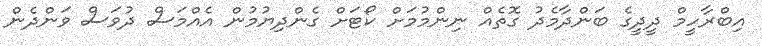
އިބްރާހީމް ދީދީގެ ބަންދާމެދު ގޮތެއް ނިންމުމަށް ކޯޓަށް ގެންދިޔުމުން އެއްމަސް ދުވަސް ވަންދެން